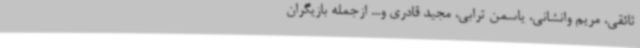
ثائقی، مریم وانشانی، یاسمن ترابی، مجید قادری و... ازجمله بازیگران